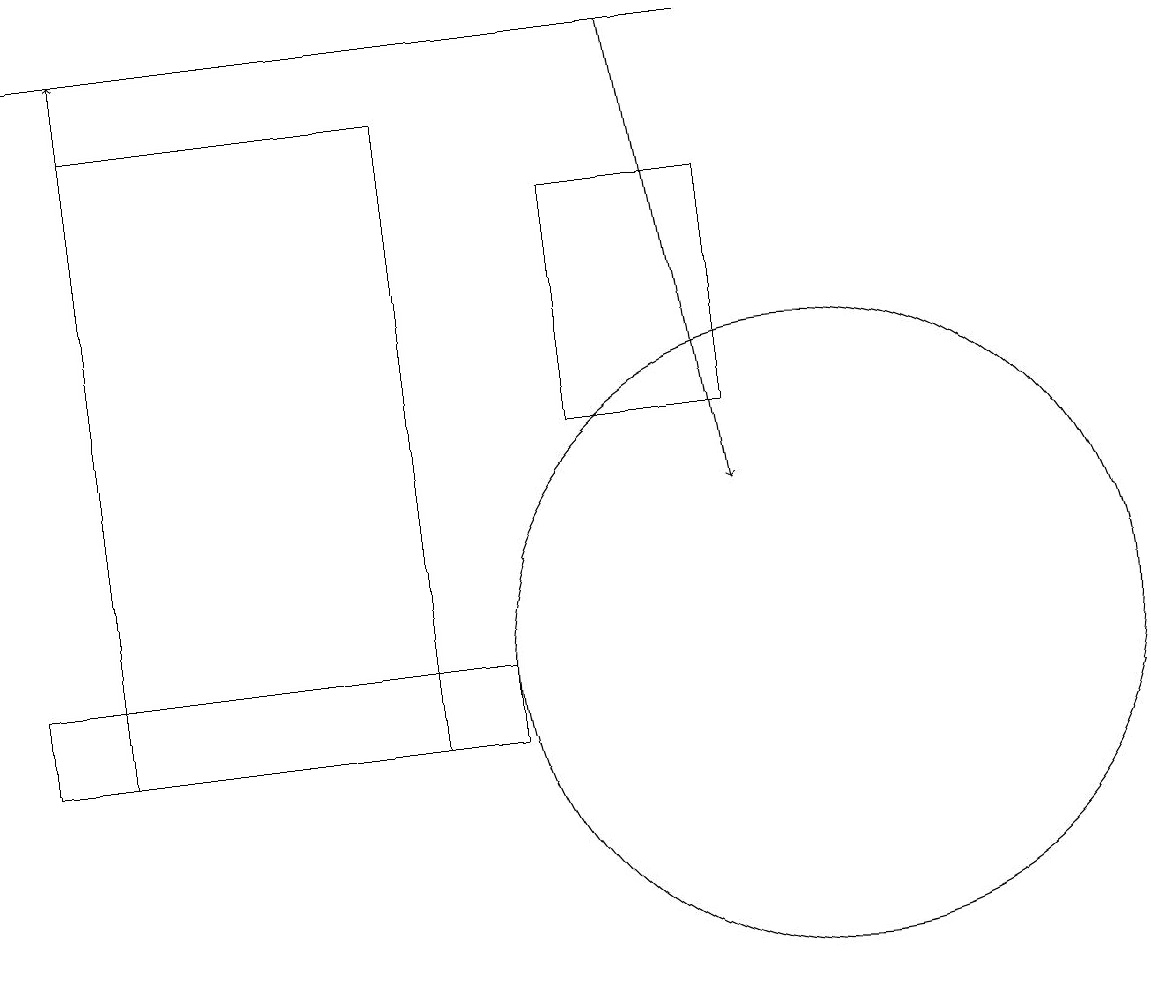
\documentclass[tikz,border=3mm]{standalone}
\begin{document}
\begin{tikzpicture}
\draw[->] (9,19) -- (0,19);
\draw (0,11) rectangle (6,10);
\draw[->] (8,19) -- (9,13);
\draw (7,14) rectangle (9,17);
\draw (10,11) circle (4);
\draw (1,18) rectangle (5,10);
\draw[->] (1,12) -- (1,19);
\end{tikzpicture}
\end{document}